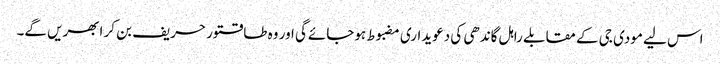
اس لیے مودی جی کے مقابلے راہل گاندھی کی دعویداری مضبوط ہوجائےگی اور وہ طاقتور حریف بن کر ابھریں گے۔